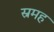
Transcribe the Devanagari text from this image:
स्रमह